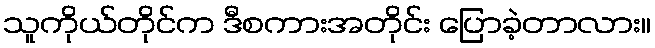
သူကိုယ်တိုင်က ဒီစကားအတိုင်း ပြောခဲ့တာလား။